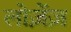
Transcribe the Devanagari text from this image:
लोज़ेंज़